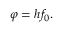
\varphi = h f _ { 0 } .